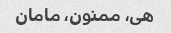
هی، ممنون، مامان